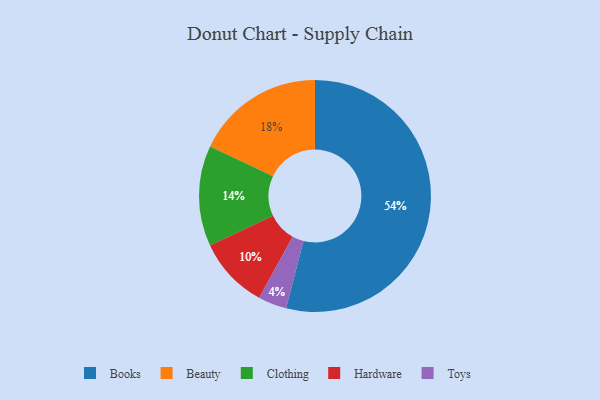
{"axis": {"x": "Category", "y": "Percentage"}, "legend": ["Beauty", "Books", "Clothing", "Hardware", "Toys"], "data": [{"x": "Beauty", "y": 18, "type": "Beauty"}, {"x": "Hardware", "y": 10, "type": "Hardware"}, {"x": "Toys", "y": 4, "type": "Toys"}, {"x": "Books", "y": 54, "type": "Books"}, {"x": "Clothing", "y": 14, "type": "Clothing"}]}